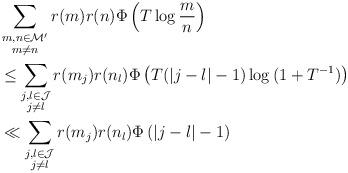
LaTeX: \begin{align*}&\sum_{\substack{m,n \in \mathcal{M}' \\ m\not=n}}r(m)r(n)\Phi\left(T\log{\frac{m}{n}} \right) \\ &\le \sum_{\substack{j,l \in \mathcal{J} \\ j\not=l}}r(m_j)r(n_l)\Phi\left(T(|j-l|-1)\log{(1+T^{-1})} \right)\\ &\ll \sum_{\substack{j,l \in \mathcal{J} \\ j\not=l}}r(m_j)r(n_l)\Phi\left(|j-l|-1 \right)\end{align*}